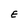
Character: E